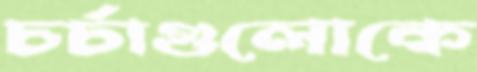
চর্চাগুলোকে